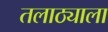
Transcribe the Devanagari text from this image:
तलाठ्याला